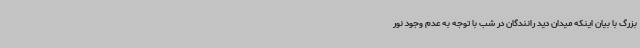
بزرگ با بیان اینکه میدان دید رانندگان در شب با توجه به عدم وجود نور